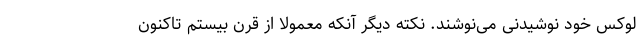
لوکس خود نوشیدنی می‌نوشند. نکته دیگر آنکه معمولا از قرن بیستم تاکنون